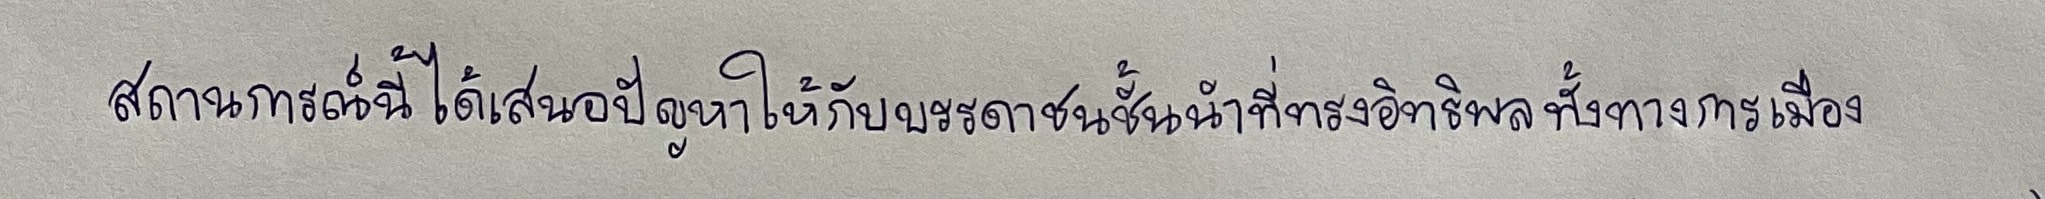
สถานการณ์นี้ได้เสนอปัญหาให้กับบรรดาชนชั้นนำที่ทรงอิทธิพลทั้งทางการเมือง